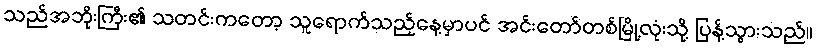
သည်အဘိုးကြီး၏ သတင်းကတော့ သူရောက်သည့်နေ့မှာပင် အင်းတော်တစ်မြို့လုံးသို့ ပြန့်သွားသည်။